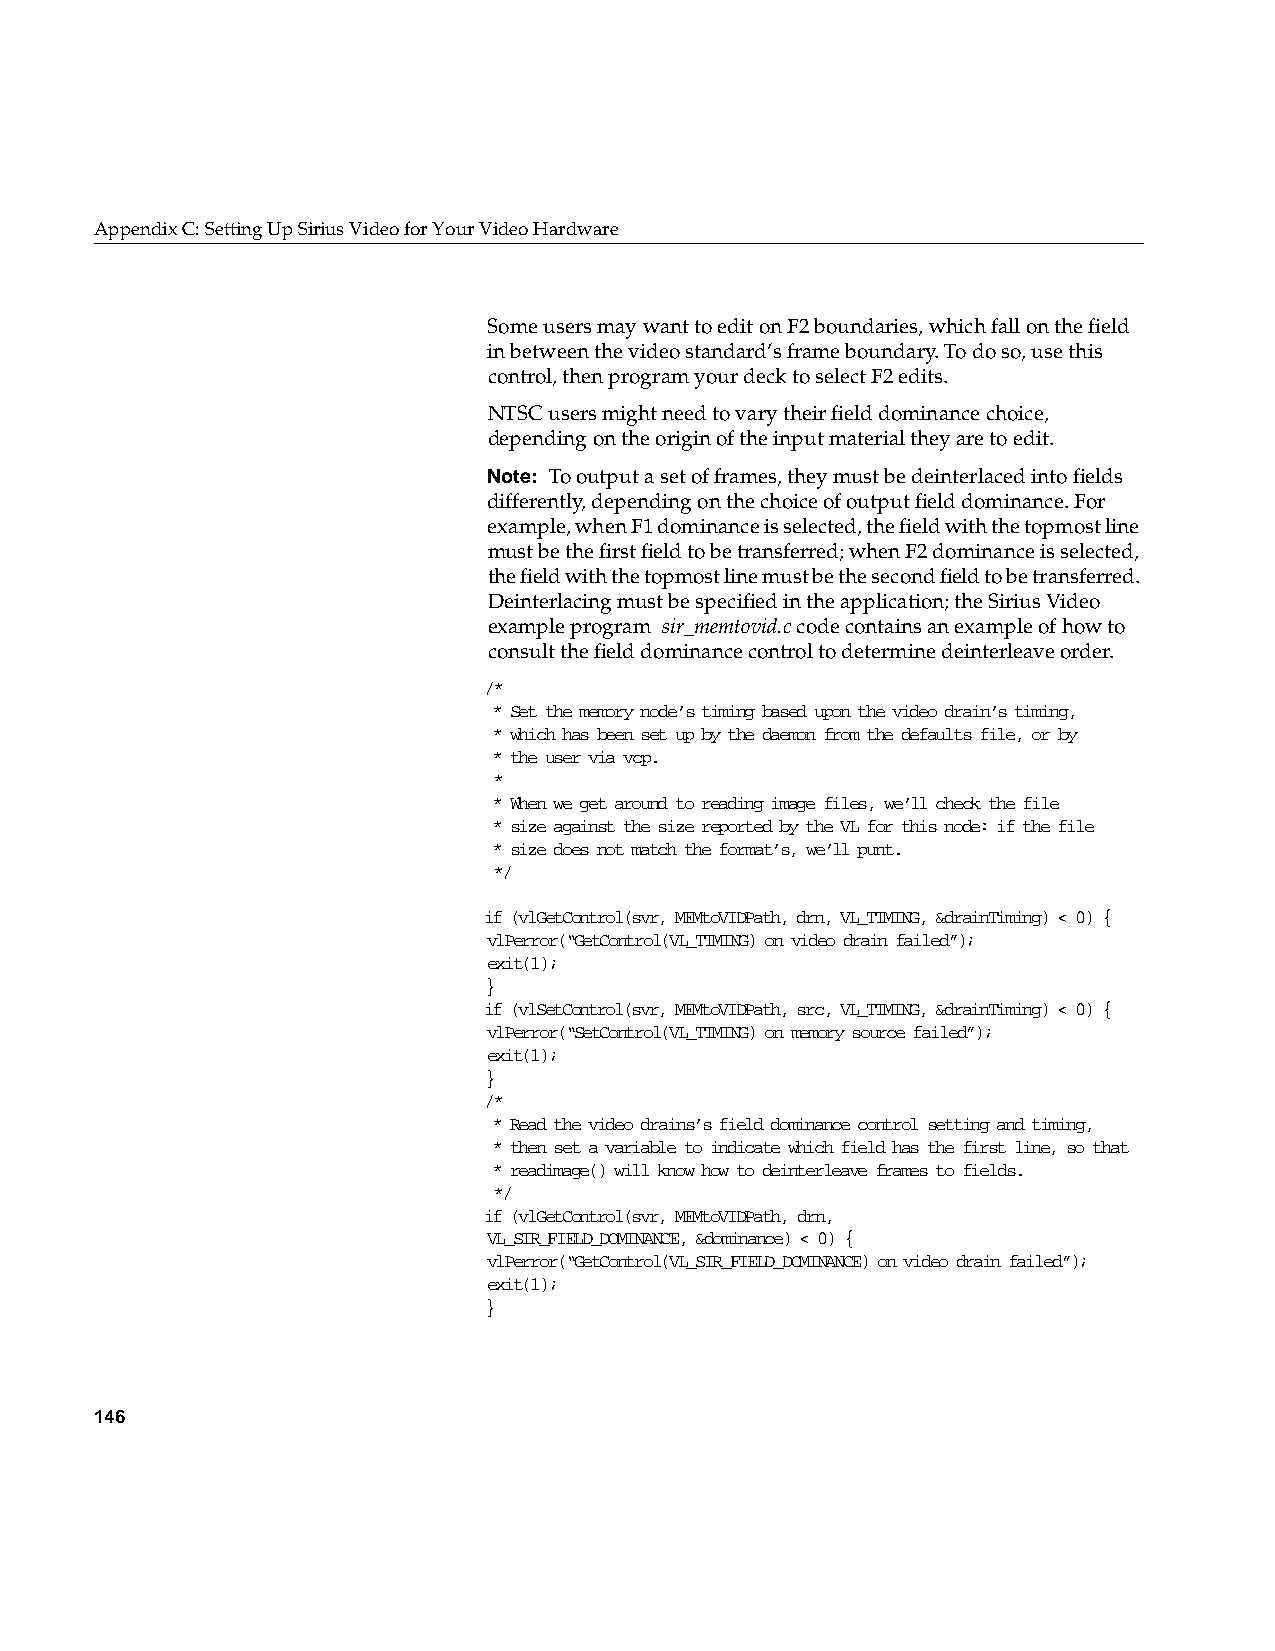
AppendixC: Setting Up Sirius Video for Your Video Hardware
 Some users may want to edit on F2 boundaries, which fall on the field
 in between the video standard’s frame boundary. To do so, use this
 control, then program your deck to select F2 edits.
 NTSC users might need to vary their field dominance choice,
 depending on the origin of the input material they are to edit.
 Note: To output a set of frames, they must be deinterlaced into fields
 differently, depending on the choice of output field dominance. For
 example, when F1 dominance is selected, the field with the topmost line
 must be the first field to be transferred; when F2 dominance is selected,
 the field with the topmost line must be the second field to be transferred.
 Deinterlacing must be specified in the application; the Sirius Video
 example program sir_memtovid.c code contains an example of how to
 consult the field dominance control to determine deinterleave order.
 /*
 * Set the memory node’s timing based upon the video drain’s timing,
 * which has been set up by the daemon from the defaults file, or by
 * the user via vcp.
 *
 * When we get around to reading image files, we’ll check the file
 * size against the size reported by the VL for this node: if the file
 * size does not match the format’s, we’ll punt.
 */
 if (vlGetControl(svr, MEMtoVIDPath, drn, VL_TIMING, &drainTiming) < 0) {
 vlPerror(“GetControl(VL_TIMING) on video drain failed”);
 exit(1);
 }
 if (vlSetControl(svr, MEMtoVIDPath, src, VL_TIMING, &drainTiming) < 0) {
 vlPerror(“SetControl(VL_TIMING) on memory source failed”);
 exit(1);
 }
 /*
 * Read the video drains’s field dominance control setting and timing,
 * then set a variable to indicate which field has the first line, so that
 * readimage() will know how to deinterleave frames to fields.
 */
 if (vlGetControl(svr, MEMtoVIDPath, drn,
 VL_SIR_FIELD_DOMINANCE, &dominance) < 0) {
 vlPerror(“GetControl(VL_SIR_FIELD_DOMINANCE) on video drain failed”);
 exit(1);
 }
 146